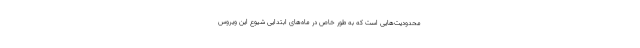
محدودیت‌هایی است که به طور خاص در ماه‌های ابتدایی شیوع این ویروس